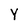
Character: Y